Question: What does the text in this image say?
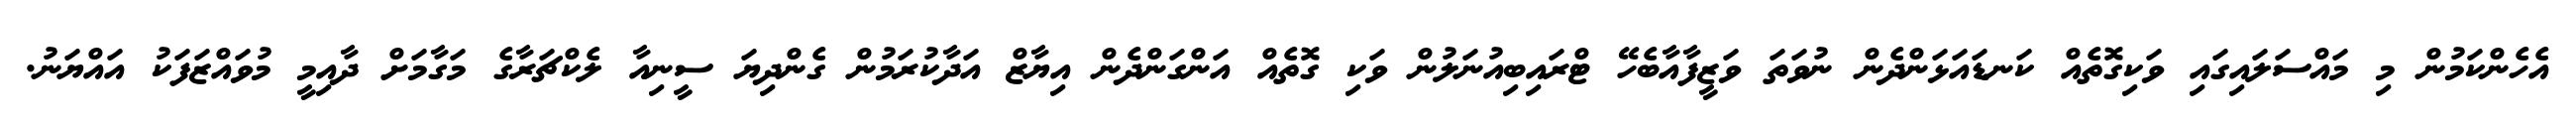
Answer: އެހެންކަމުން މި މައްސަލައިގައި ވަކިގޮތެއް ކަނޑައަޅަންދެން ނުވަތަ ވަޒީފާއާބެހޭ ޓްރައިބިއުނަލުން ވަކި ގޮތެއް އަންގަންދެން އިޔާޒް އަދާކުރަމުން ގެންދިޔަ ސީނިއާ ލެކްޗަރާގެ މަގާމަށް ދާއިމީ މުވައްޒަފަކު އައްޔަނު.